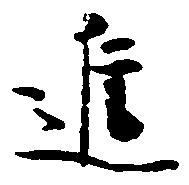
進